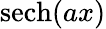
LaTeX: \operatorname{sech}(ax)